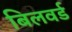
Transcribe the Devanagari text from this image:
बिलवर्ड